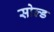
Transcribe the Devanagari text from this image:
सोल्‍ड